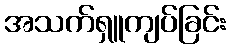
အသက်ရှူကျပ်ခြင်း